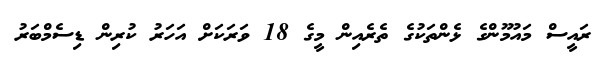
ރައީސް މައުމޫންގެ ޅެންތަކުގެ ތެރެއިން މީގެ 18 ވަރަކަށް އަހަރު ކުރިން ޑިސެމްބަރު